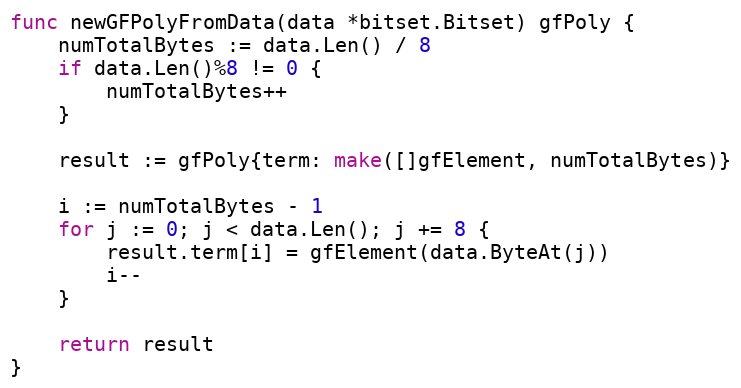
Language: Go
func newGFPolyFromData(data *bitset.Bitset) gfPoly {
	numTotalBytes := data.Len() / 8
	if data.Len()%8 != 0 {
		numTotalBytes++
	}

	result := gfPoly{term: make([]gfElement, numTotalBytes)}

	i := numTotalBytes - 1
	for j := 0; j < data.Len(); j += 8 {
		result.term[i] = gfElement(data.ByteAt(j))
		i--
	}

	return result
}